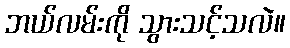
ဘယ်လမ်းကို သွားသင့်သလဲ။